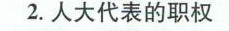
2.人大代表的职权